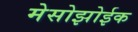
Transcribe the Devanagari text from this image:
मेसोझोईक